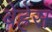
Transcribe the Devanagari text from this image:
बेह्रेंस